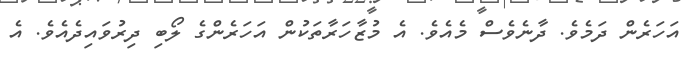
އަހަރެން ދަމެވެ. ދާނެވެސް މެއެވެ. އެ މުޒާހަރާތަކުން އަހަރެންގެ ލޯބި ދިރުވައިދެއެވެ. އެ